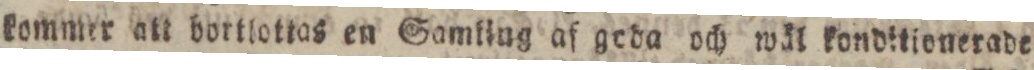
kommer att bortlottas en Samling af geda och wäl kondttionerade